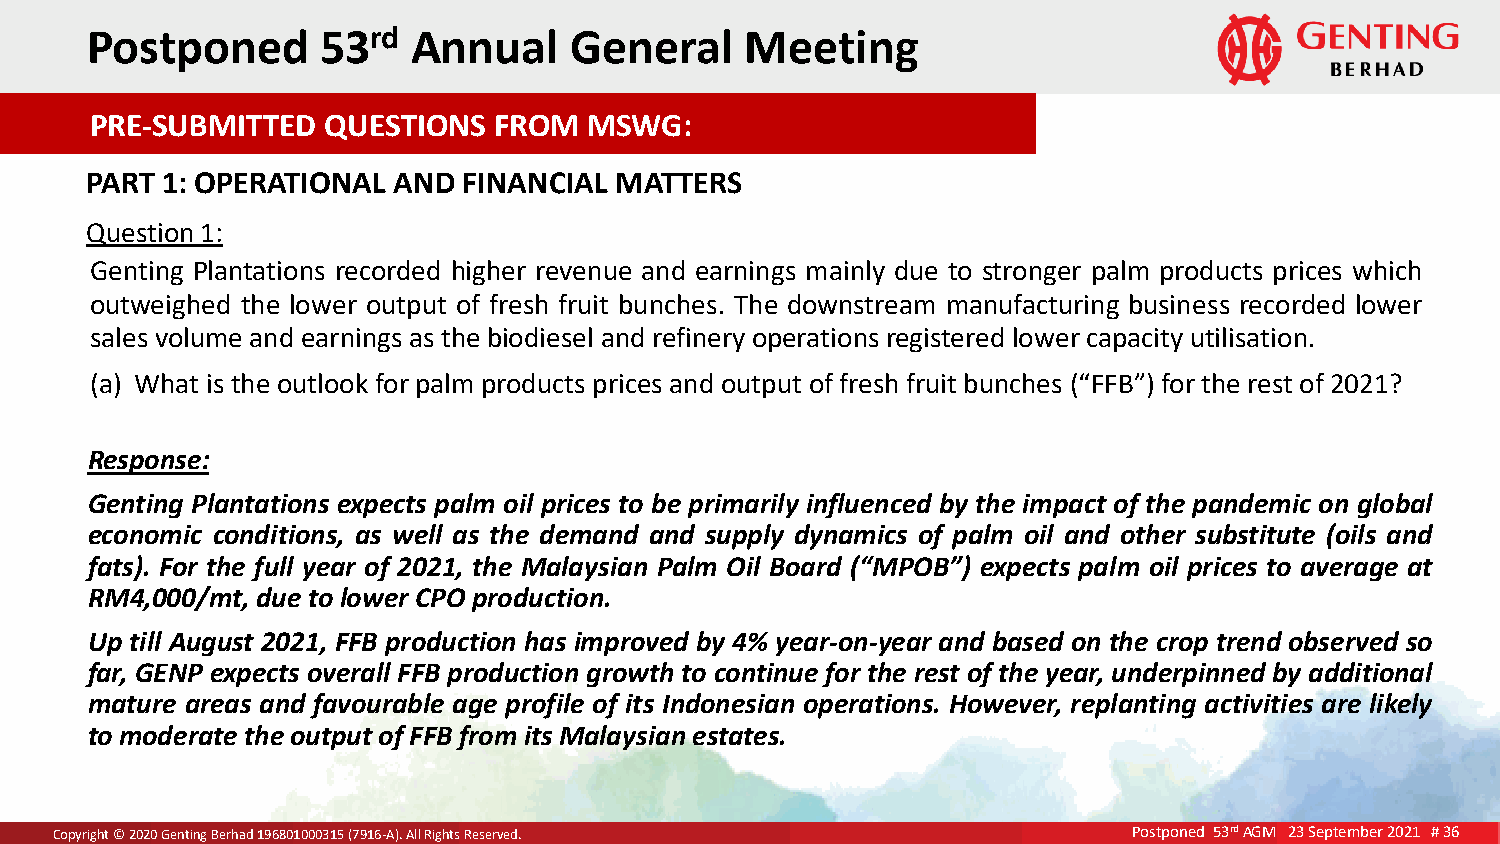
P ost poned    53rd  Annual     General    Meeting
 PRE-SUBMITTED  QUESTIONS   FROM  MSWG:
 PART 1: OPERATIONAL AND  FINANCIAL MATTERS
 Question 1:
 Genting Plantations recorded higher revenue and earnings mainly due to stronger palm products prices which
 outweighed the lower output of fresh fruit bunches. The downstream manufacturing business recorded lower
 sales volume and earnings as the biodiesel and refinery operations registered lower capacity utilisation.
 (a) What is the outlook for palm products prices and output of fresh fruit bunches (“FFB”) for the rest of 2021?
 Response:
 Genting Plantations expects palm oil prices to be primarily influenced by the impact of the pandemic on global
 e conomic conditions, as well as the demand and supply dynamics of palm oil and other substitute (oils and
 fats). For the full year of 2021, the Malaysian Palm Oil Board (“MPOB”) expects palm oil prices to average at
 RM4,000/mt, due to lower CPO production.
 Up till August 2021, FFB production has improved by 4% year-on-year and based on the crop trend observed so
 far, GENP expects overall FFB production growth to continue for the rest of the year, underpinned by additional
 mature areas and favourable age profile of its Indonesian operations. However, replanting activities are likely
 to moderate the output of FFB from its Malaysian estates.
 CCooppyCyrorigipghyhtr it©g ©h 2t 0©220 022 0G02e 0Gn tGeinnegnt itBnineggr h BBaeedrr hh1a9ad6d 8 110919606800801030110500 03(7019531 1(675-9A (1)7.6 9A-A1ll)6 .R -AiAglhl) .Rt sAi gRlhle tRsse iRgrevhestedsr .Rv eeds.e rved. Postponed 53rd AGM 23 September 2021 # 36